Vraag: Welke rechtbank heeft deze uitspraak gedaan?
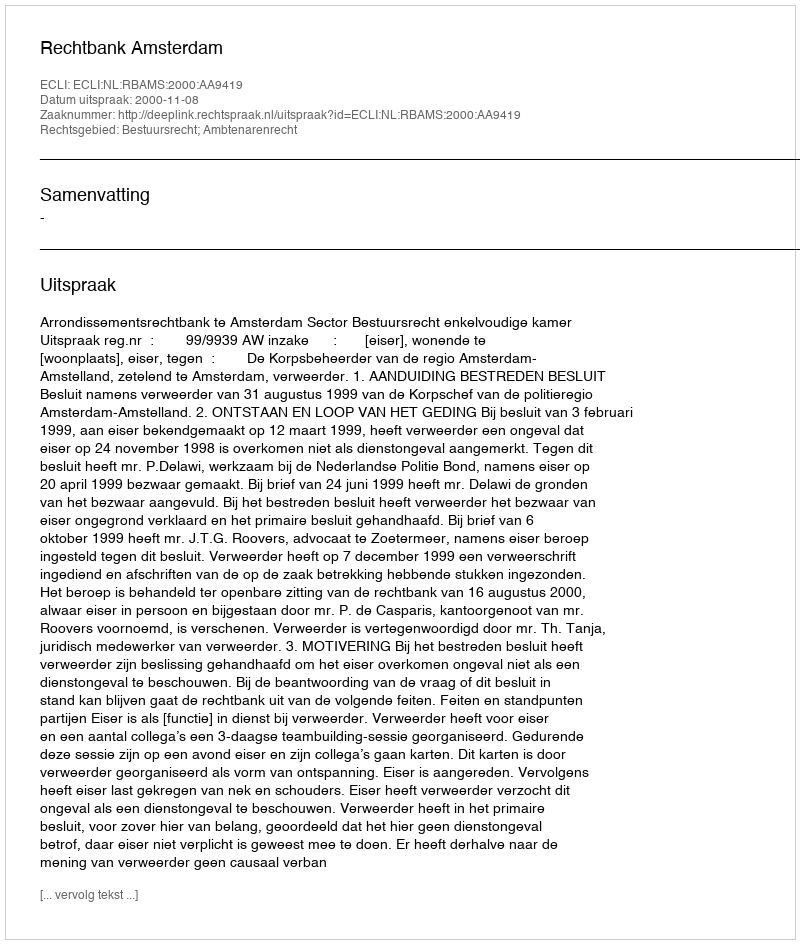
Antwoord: Rechtbank Amsterdam